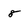
Character: 8